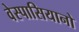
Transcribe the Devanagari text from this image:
वेस्पासियानो